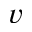
_ v